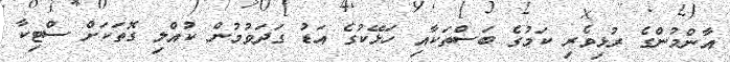
އާންމުންގެ ރުޅިވެރި ކަމުގެ ބަސްތަކާއި ހަޅޭކުގެ އަޑު ގަދަވުމުން ކުއްލި ގޮތަކަށް ސްޓިކާ